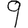
Digit: 9